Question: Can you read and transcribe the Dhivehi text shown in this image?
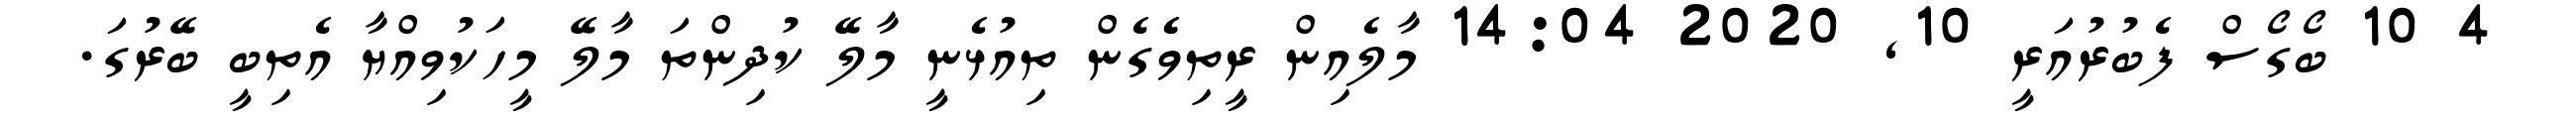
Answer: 4 10 ބޯގޯސް ފެބުރުއަރީ 10, 2020 14:04 މާލެއިން ރީތިވެެގެން ތިއުޅެނީ މާލޭ ކުދިންތަ މާލޭ މީހަކުވިއްޔާ އެތިބީ ބޭރުގަ.